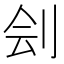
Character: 刽